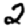
Digit: 2